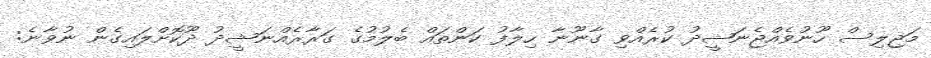
މަޖިލިސް ހޫނުވެއްޖެނަޝީދު ކުރެއްވި ގާނޫނާ ހިލާފު ކަންތައް ބެލުމުގެ ގަރާރެއްނަޝީދު ދޫކޮށްލައިގެން ނުވާނެ: